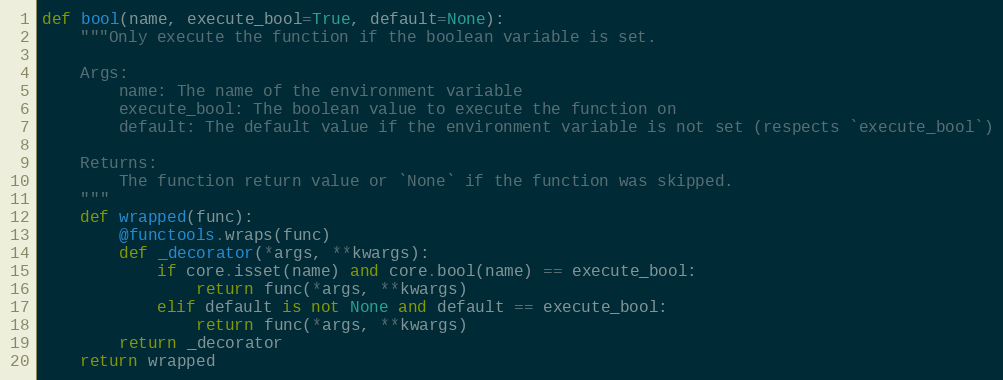
Language: Python
def bool(name, execute_bool=True, default=None):
    """Only execute the function if the boolean variable is set.

    Args:
        name: The name of the environment variable
        execute_bool: The boolean value to execute the function on
        default: The default value if the environment variable is not set (respects `execute_bool`)

    Returns:
        The function return value or `None` if the function was skipped.
    """
    def wrapped(func):
        @functools.wraps(func)
        def _decorator(*args, **kwargs):
            if core.isset(name) and core.bool(name) == execute_bool:
                return func(*args, **kwargs)
            elif default is not None and default == execute_bool:
                return func(*args, **kwargs)
        return _decorator
    return wrapped